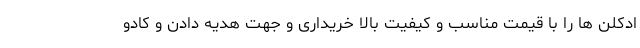
ادکلن ها را با قیمت مناسب و کیفیت بالا خریداری و جهت هدیه دادن و کادو